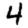
Digit: 4